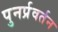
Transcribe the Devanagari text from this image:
पुनर्प्रवर्तन